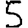
Digit: 5